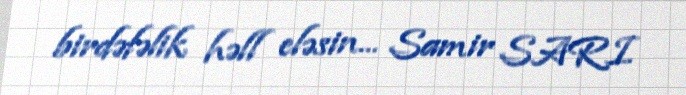
birdəfəlik həll eləsin... Samir SARI.